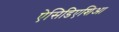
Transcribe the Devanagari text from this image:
ऐसिडिएशिआ